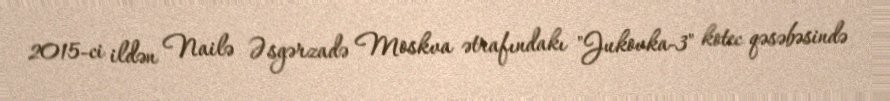
2015-ci ildən Nailə Əsgərzadə Moskva ətrafındakı "Jukovka-3" kotec qəsəbəsində